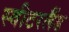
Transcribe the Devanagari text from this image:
स्‍वीटरलैंड